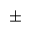
\pm